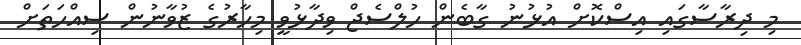
މި ދިރާސާގައި އިސްކޮށް އުޅުނު ގާބެން ހުލްސެޖް ވިދާޅުވީ މިހާރުގެ ޒުވާނުން ސިއްހަތަށް